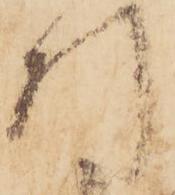
引